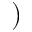
)